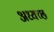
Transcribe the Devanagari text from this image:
अध्यच्छ